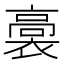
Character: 𧜉